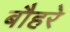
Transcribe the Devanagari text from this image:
बौहरे